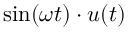
\sin ( \omega t ) \cdot u ( t )